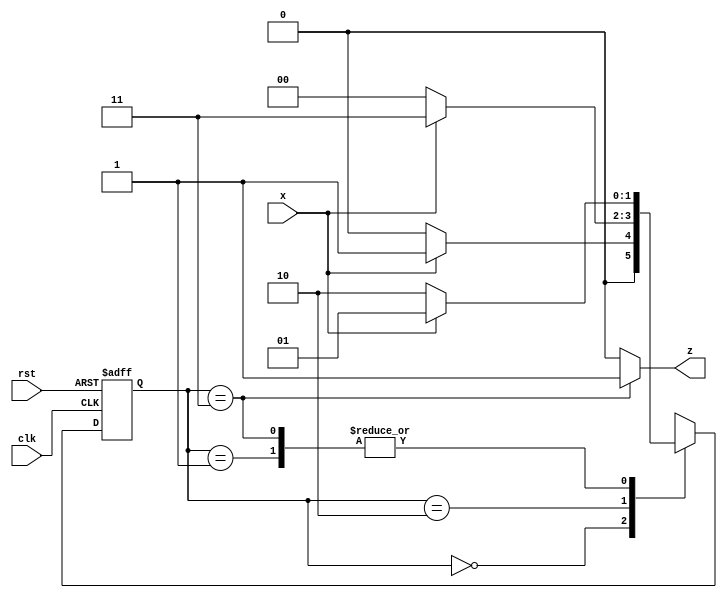
module moore_seq_detect (input x, 
                         input clk, 
                         input rst,  
                         output reg z);

//---------------------------------------------------------
// States are binary encoded
//---------------------------------------------------------
parameter s0 = 2'b00, s1 = 2'b01, s2 = 2'b10, s3 = 2'b11;

  reg[1:0] current_state, next_state;   //state reg
  
// ---------------------------------------------------------------
// Sequential logic
//----------------------------------------------------------------
    always @(posedge clk or negedge rst)
    begin
      if(!rst)
         current_state <= s0;   // non- blocking procedural assignment
         else
         current_state <= next_state;
    end
    
//-----------------------------------------------------------------
// Combinational Next state logic
//-----------------------------------------------------------------
   always@(*)
    begin
      case (current_state)
      s0 : begin
            if (x == 1)
                next_state = s1;  // blocking procedural assignment
                else
                next_state = s0;
            end
      s1 : begin
            if (x == 1)
                next_state = s1;
                else
                next_state = s2;
            end
      s2 : begin
            if (x == 1)
                next_state = s3;
                else
                next_state = s0;
            end
      s3 : begin
            if (x == 1)
                next_state = s1;
                else
                next_state = s2;
            end  
        default: next_state = s0;
      endcase  // current state
    end

// ---------------------------------
// outputlogic
//----------------------------------
    always@(*)
       if (current_state == s3)
           z = 1;         
       else
           z = 0;     
endmodule